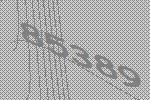
85389